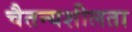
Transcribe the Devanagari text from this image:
चैतन्यशीलता